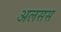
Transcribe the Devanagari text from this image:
अलसस